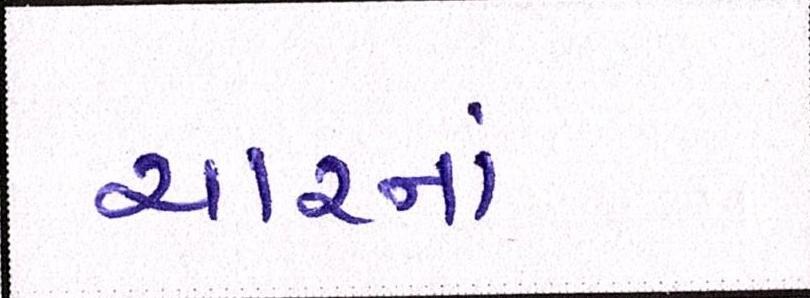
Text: ચારનાં